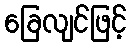
ခြေလျင်ဖြင့်